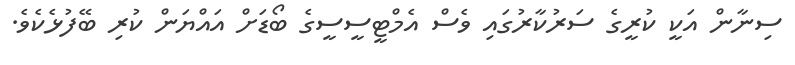
ސިނާން އަކީ ކުރީގެ ސަރުކާރުގައި ވެސް އެމްޓީސީސީގެ ބޯޑަށް އައްޔަން ކުރި ބޭފުޅެކެވެ.